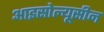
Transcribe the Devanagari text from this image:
आइसोल्यूसीन